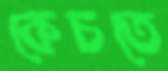
কেচতে